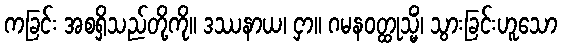
ကခြင်း အစရှိသည်တို့ကို။ ဒဿနာယ၊ ငှာ။ ဂမနဝတ္ထုသ္မိံ၊ သွားခြင်းဟူသော